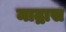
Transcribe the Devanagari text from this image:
माद्रास